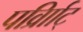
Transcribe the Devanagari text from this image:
पर्व्राािट्